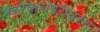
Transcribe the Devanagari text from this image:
नेवरेकरांबरोबरच